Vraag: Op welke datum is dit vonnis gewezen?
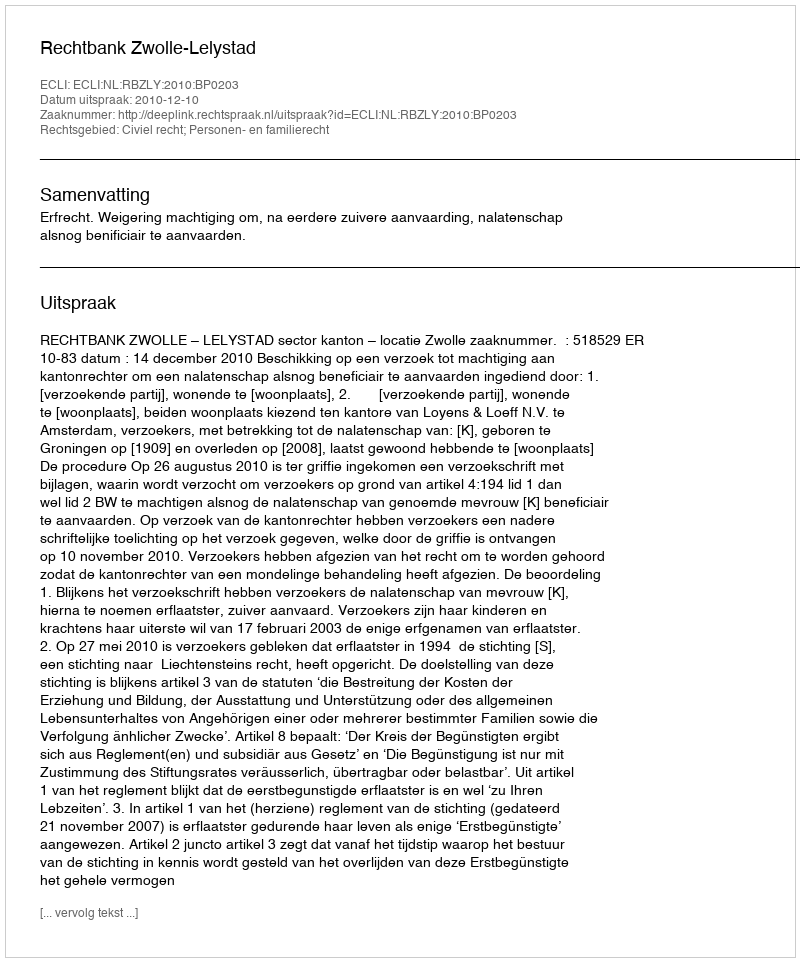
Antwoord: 2010-12-10